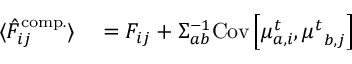
\begin{array} { r l } { \langle \hat { F } _ { i j } ^ { \mathrm { c o m p . } } \rangle } & { { } = { F } _ { i j } + { { \Sigma } } _ { a b } ^ { - 1 } \mathrm { C o v } \left[ { \mu } _ { a , i } ^ { t } , { \mu ^ { t } } _ { b , j } \right] } \end{array}